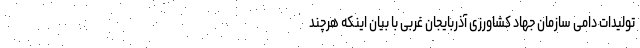
تولیدات دامی سازمان جهاد کشاورزی آذربایجان غربی با بیان اینکه هرچند